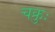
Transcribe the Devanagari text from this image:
चक्रुः